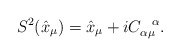
\begin{align*}S^2(\hat{x}_\mu)=\hat{x}_\mu+iC_{\alpha\mu}^{\ \ \alpha}.\end{align*}